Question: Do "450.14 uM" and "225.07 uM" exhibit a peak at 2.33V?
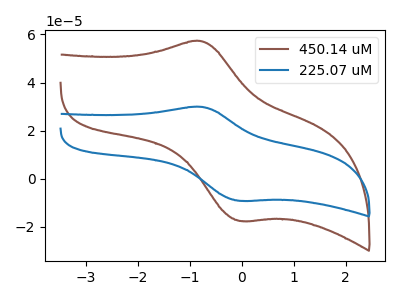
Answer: <think>The brown curve "450.14 uM" has an anodic peak at (-0.80V, 57.25uA) and a cathodic peak at (0.00V, -17.55uA). The blue curve "225.07 uM" has an anodic peak at (-0.80V, 29.95uA) and a cathodic peak at (0.00V, -9.15uA).</think>
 <answer>No, "450.14 uM" and "225.07 uM" dont share a peak at 2.33V.</answer>
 <eval>mismatch</eval>